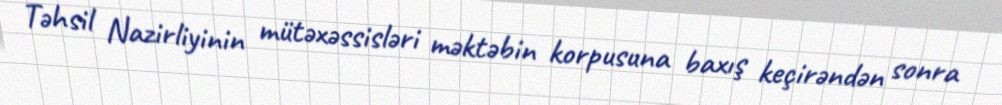
Təhsil Nazirliyinin mütəxəssisləri məktəbin korpusuna baxış keçirəndən sonra